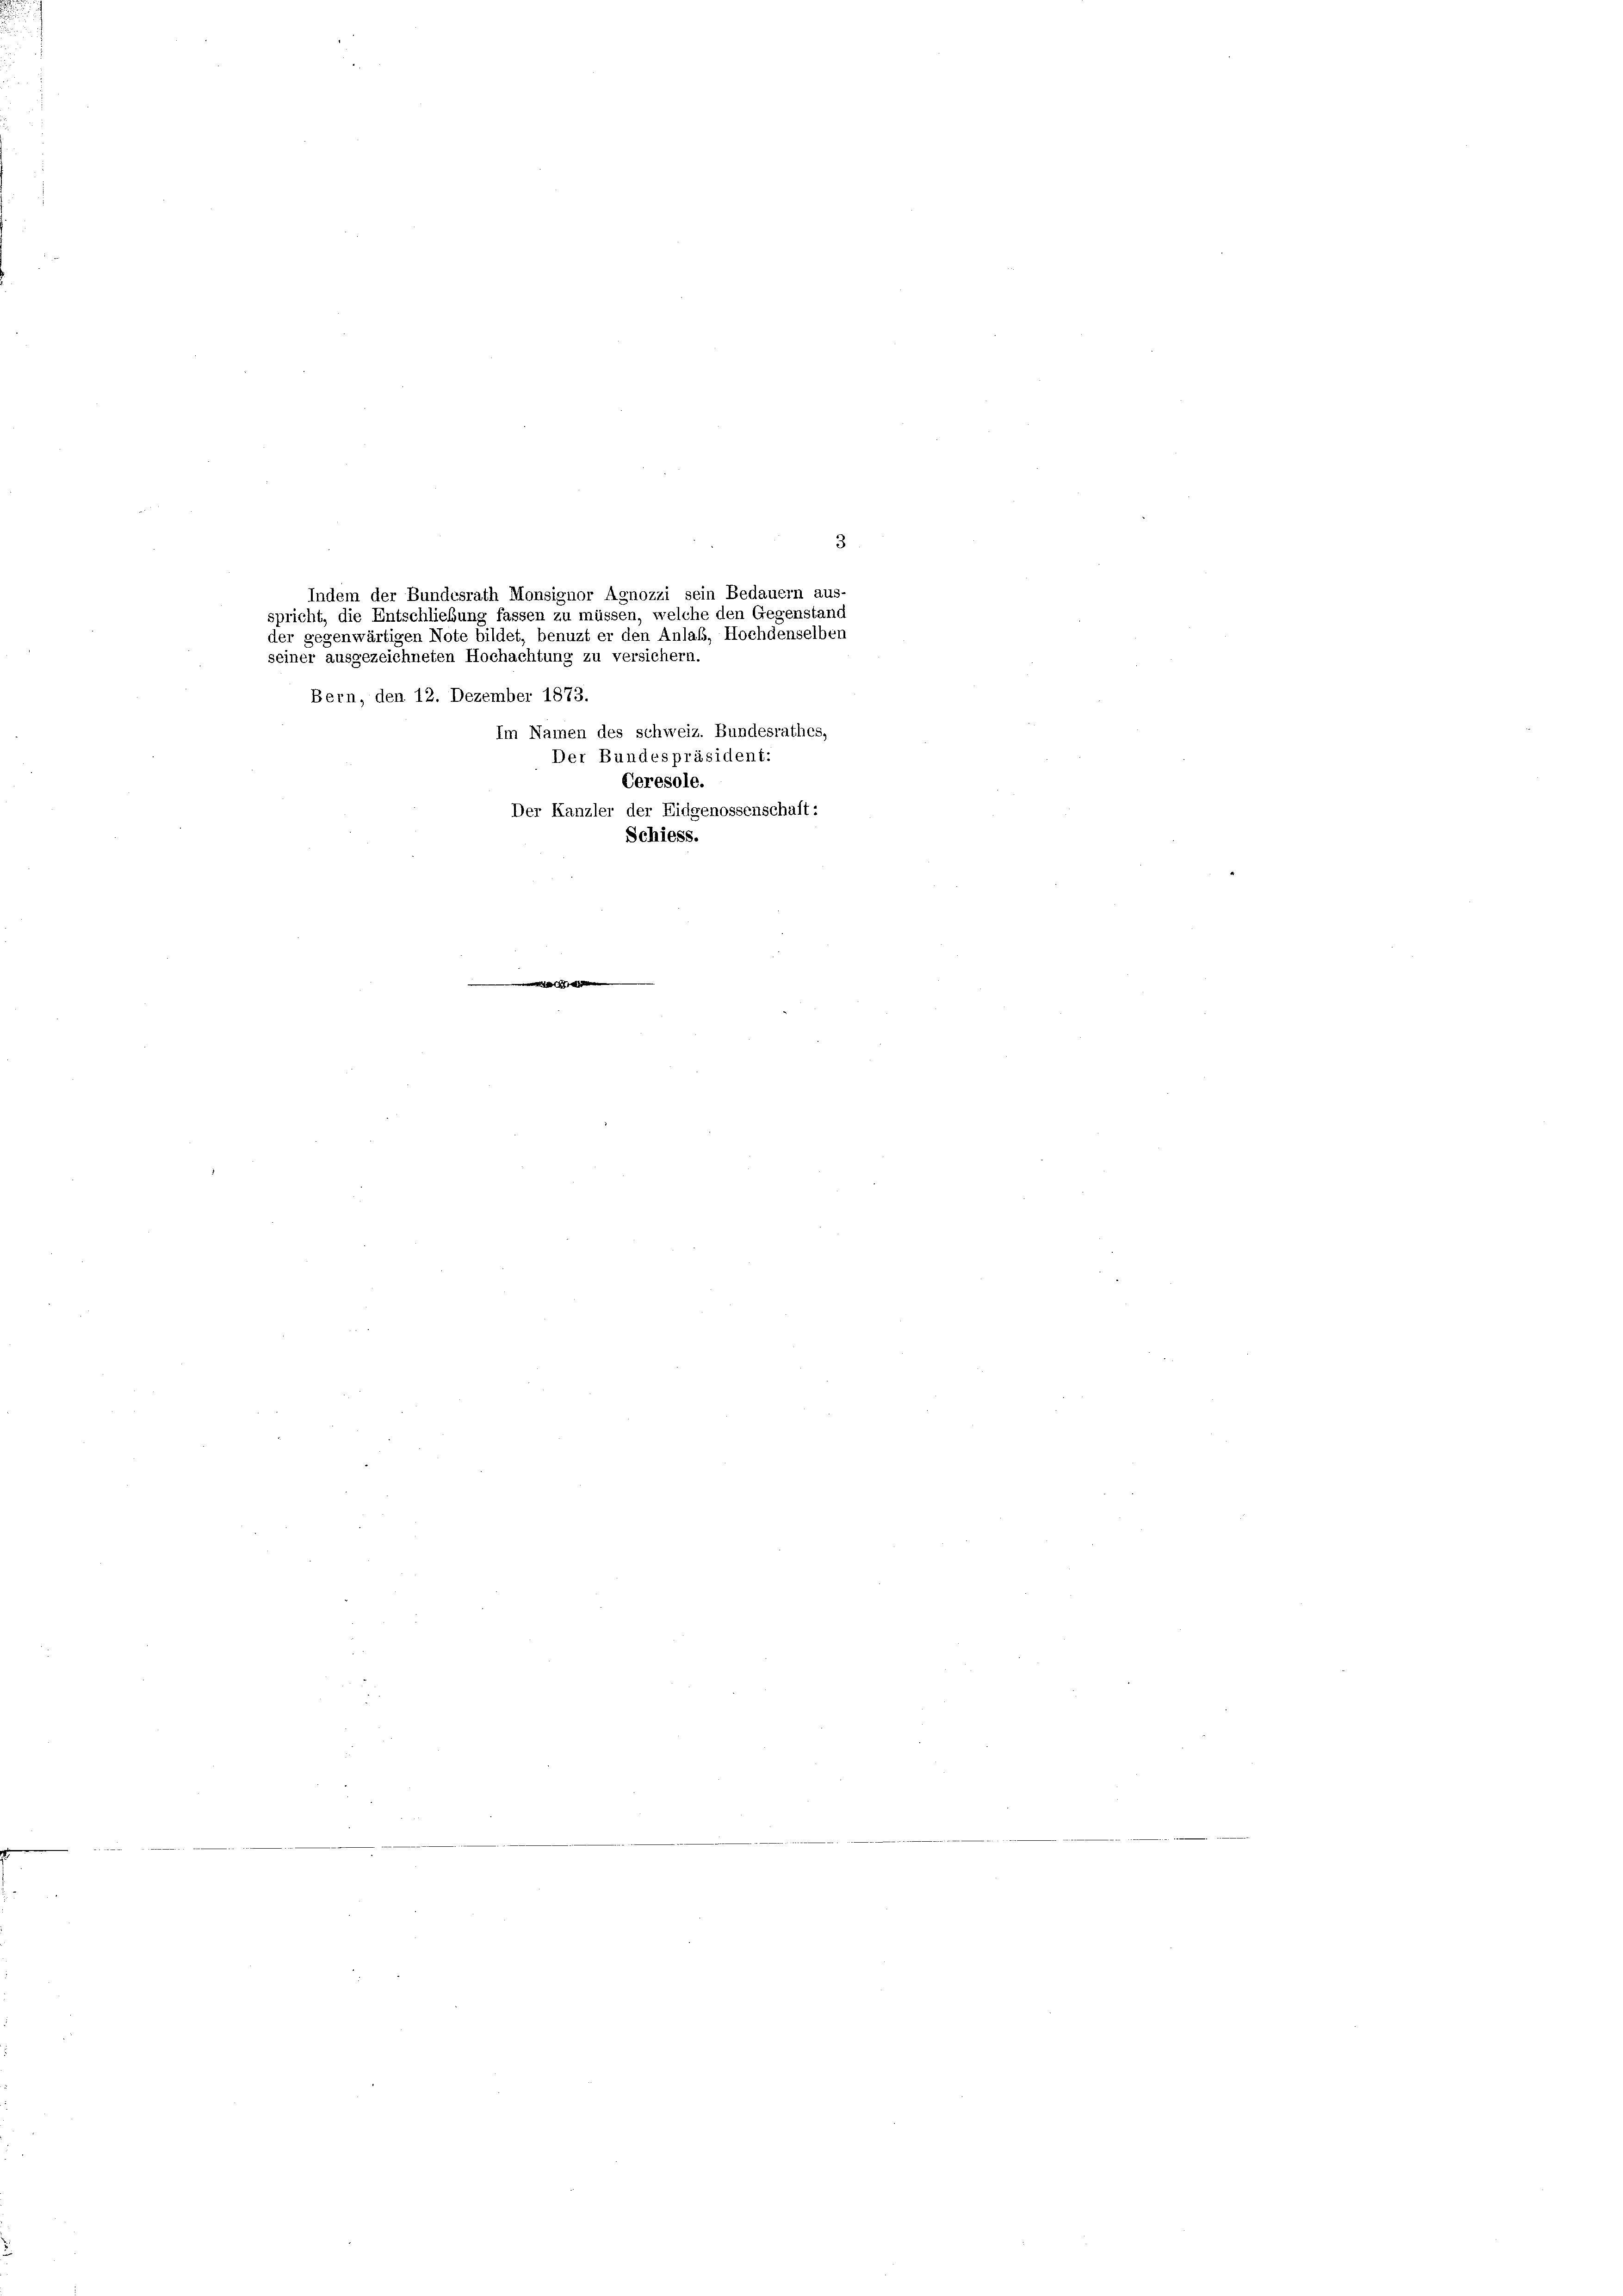
seiner ausgezeichneten Hochachtung zu versichern.
Bern, den 12. Dezember 1873.
Im Namen des schweiz. Bundesrathes,
Der Bundespräsident:
Ceresole.
Der Kanzler der Eidgenossenschaft:
Schiess.

Indem der Bundesrath Monsignor Agnozzi sein Bedauern aus
spricht, die Entschließung fassen zu müssen, welche den Gegenstand
der gegenwärtigen Note bildet, benuzt er den Anlaß, Hochdenselben